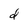
Character: d